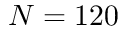
N = 1 2 0